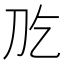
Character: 𠚮